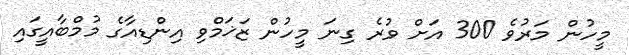
މީހުން މަރުވެ 300 އަށް ވުރެ ގިނަ މީހުން ޒަޚަމްވި އިންޑިއާގެ މުމްބާއީގައި